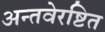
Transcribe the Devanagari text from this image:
अन्तवेरष्टित